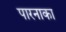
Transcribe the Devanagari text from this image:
पारनाका